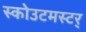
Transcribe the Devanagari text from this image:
स्कोउटमस्टर्